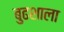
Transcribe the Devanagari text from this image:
बुढशाला